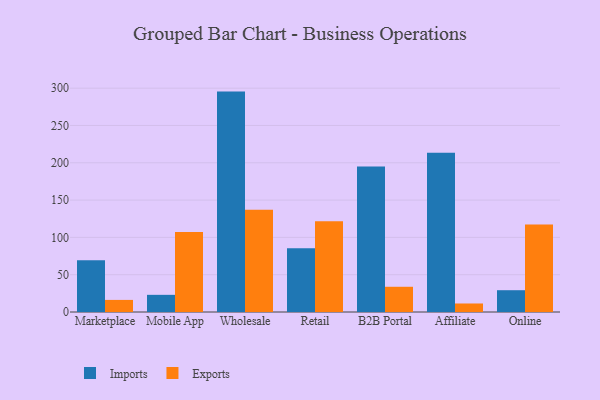
{"axis": {"x": "Channel", "y": "Inventory Turnover"}, "legend": ["Exports", "Imports"], "data": [{"x": "Marketplace", "y": 69.4, "type": "Imports"}, {"x": "Marketplace", "y": 16.2, "type": "Exports"}, {"x": "Mobile App", "y": 23.0, "type": "Imports"}, {"x": "Mobile App", "y": 107.3, "type": "Exports"}, {"x": "Wholesale", "y": 295.4, "type": "Imports"}, {"x": "Wholesale", "y": 137.2, "type": "Exports"}, {"x": "Retail", "y": 85.3, "type": "Imports"}, {"x": "Retail", "y": 121.6, "type": "Exports"}, {"x": "B2B Portal", "y": 194.9, "type": "Imports"}, {"x": "B2B Portal", "y": 33.8, "type": "Exports"}, {"x": "Affiliate", "y": 213.4, "type": "Imports"}, {"x": "Affiliate", "y": 11.4, "type": "Exports"}, {"x": "Online", "y": 29.2, "type": "Imports"}, {"x": "Online", "y": 117.2, "type": "Exports"}]}